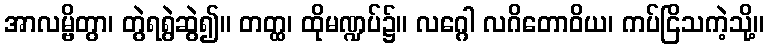
အာလမ္ဗိတွာ၊ တွဲရရွဲဆွဲ၍။ တတ္ထ၊ ထိုမဏ္ဍပ်၌။ လဂ္ဂေါ လဂိတောဝိယ၊ ကပ်ငြိသကဲ့သို့။